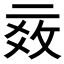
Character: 𱎓